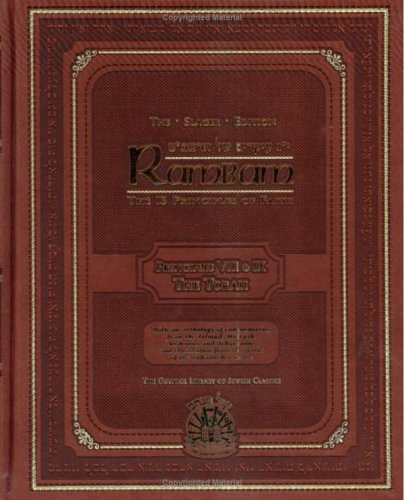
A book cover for Rambam: The 13 Principles of Faith - Principles 8 & 9 - The Slager Edition (The Gutnick Library of Jewish Classics) Kol Menachem; Rabbi Chaim Miller; Religion & Spirituality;